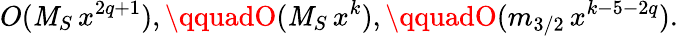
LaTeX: O(\mathit{M}_{S}\, x^{2q+1}),\qquadO(\mathit{M}_{S}\, x^{k}),\qquadO(m_{3/2}\, x^{k-5-2q}).